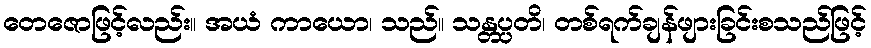
တေဇောဖြင့်လည်း။ အယံ ကာယော၊ သည်။ သန္တပ္ပတိ၊ တစ်ရက်ချန်ဖျားခြင်းစသည်ဖြင့်